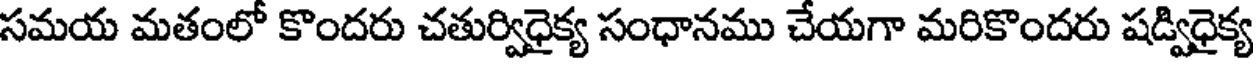
సమయ మతంలో కొందరు చతుర్విధైక్య సంధానము చేయగా మరికొందరు షడ్విధైక్య